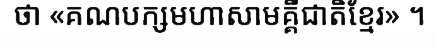
ថា «គណបក្សមហាសាមគ្គីជាតិខ្មែរ» ។